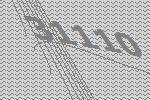
31110